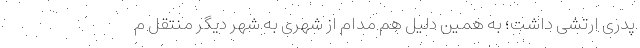
پدری ارتشی داشت؛ به همین دلیل هم مدام از شهری به شهر دیگر منتقل م